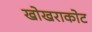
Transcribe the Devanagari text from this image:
खोखराकोट